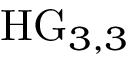
\mathrm { H G } _ { 3 , 3 }